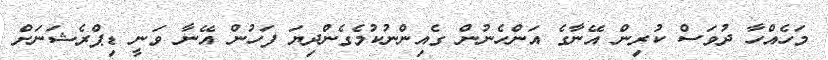
މަހެއްހާ ދުވަސް ކުރިން އޭނާގެ އަންހެނުން ގެއިންނުކުމެގެންދިޔަ ފަހުން އޭނާ ވަނީ ޑިޕްރެޝަނަށް